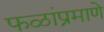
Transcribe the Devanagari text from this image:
फळांप्रमाणे